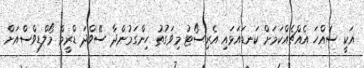
އަކީ ސައްހަ އެއްޗެއްކަމަށް ކަނޑައަޅައި އެރިސޯޓު މިވަގުތު ހިންގަމުންދާ ސޭވްދަ ޑްރީމް މޯލްޑިވްސްއަށް